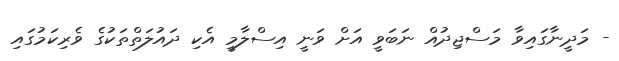
- މަދީނާގައިވާ މަސްޖިދުއް ނަބަވީ އަށް ވަނީ އިސްލާމީ އެކި ދައުލަތްތަކުގެ ވެރިކަމުގައި